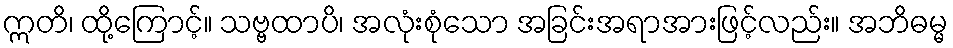
ဣတိ၊ ထို့ကြောင့်။ သဗ္ဗထာပိ၊ အလုံးစုံသော အခြင်းအရာအားဖြင့်လည်း။ အဘိဓမ္မ